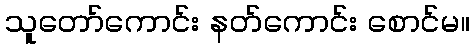
သူတော်ကောင်း နတ်ကောင်း စောင်မ။